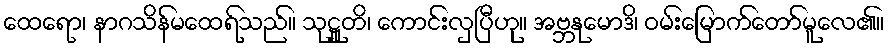
ထေရော၊ နာဂသိန်မထေရ်သည်။ သုဋ္ဌူတိ၊ ကောင်းလှပြီဟု။ အဗ္ဘနုမောဒိ၊ ဝမ်းမြောက်တော်မူလေ၏။